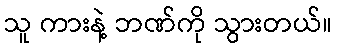
သူ ကားနဲ့ ဘဏ်ကို သွားတယ်။